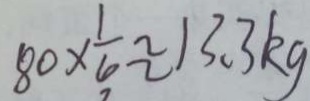
8 0 \times \frac { 1 } { 6 } \approx 1 3 . 3 k g